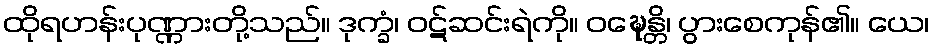
ထိုရဟန်းပုဏ္ဏားတို့သည်။ ဒုက္ခံ၊ ဝဋ်ဆင်းရဲကို။ ဝဍ္ဎေန္တိ၊ ပွားစေကုန်၏။ ယေ၊